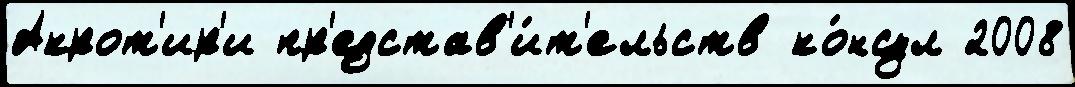
Акрот'ир'и пр'едстав'и́т'ельств ко́нсул 2008